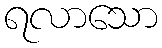
ရလာသော